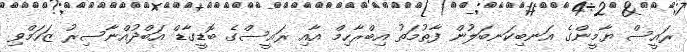
ރައީސް ޔާމީންގެ އަނބިކަނބަލުން ފާތުމަތު އިބްރާހިމް އާއި ރައީސްގެ ބޮޑީގާޑް އަބްދުއްނާސިރު ޒަހަމްވި